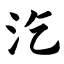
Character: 汔